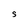
Character: S